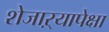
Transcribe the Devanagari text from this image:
शेजाऱ्यापेक्षा